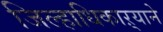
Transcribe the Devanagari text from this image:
जिल्हाधिकाऱ्याने